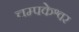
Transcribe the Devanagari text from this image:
चम्पकेश्वर